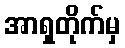
အာရှတိုက်မှ